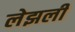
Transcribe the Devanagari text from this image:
लेझली